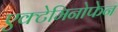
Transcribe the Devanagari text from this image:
एक्टेमिनोफेन